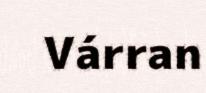
Várran